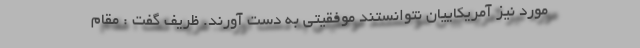
مورد نیز آمریکاییان نتوانستند موفقیتی به دست آورند. ظریف گفت : مقام